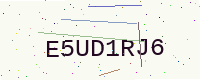
Text: E5UD1RJ6